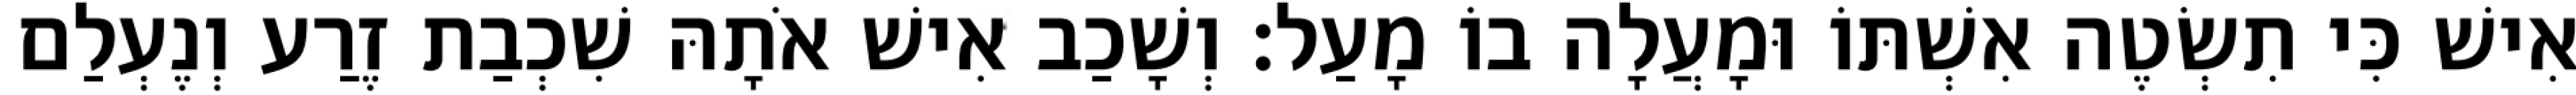
אִישׁ כִּי תִשְׂטֶה אִשְׁתּוֹ וּמָעֲלָה בוֹ מָעַל׃ וְשָׁכַב אִישׁ אֹתָהּ שִׁכְבַת זֶרַע וְנֶעְלַם